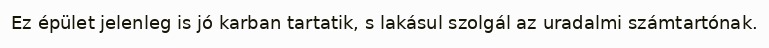
Ez épület jelenleg is jó karban tartatik, s lakásul szolgál az uradalmi számtartónak.